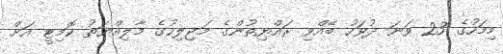
މިމަހުގެ 23 ވަނަ ދުވަހު ބޭއްވި ރައްޔިތުންގެ މަޖިލިހުގެ މާލިއްޔަތު ކޮމިޓީ އަށް